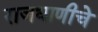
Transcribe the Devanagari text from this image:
राजधाणीचे